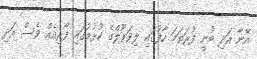
އޭނާ އަދި ބުނީ ފުރަތަމަ ހާފުގައި ލިވަޕޫލްގެ ކުޅުމުގައި ފޯރިއެއް ވެސް އަދި